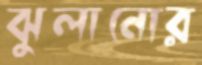
ঝুলানোর